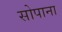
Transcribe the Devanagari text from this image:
सोपाना